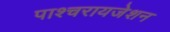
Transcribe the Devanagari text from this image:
पाश्‍चरायजेशन